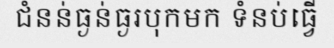
ជំនន់ធ្ងន់ធ្ងរបុកមក ទំនប់ធ្វើ